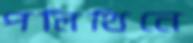
পলিথিনে